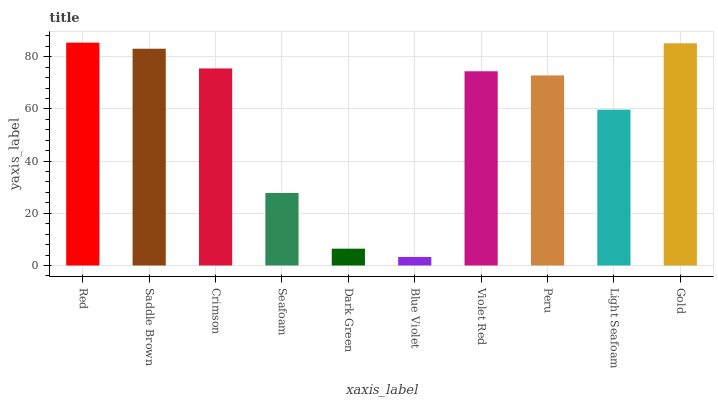
| xaxis_label | bars |
 | --- | --- |
 | Red | 85.4 |
 | Saddle Brown | 83.1 |
 | Crimson | 75.5 |
 | Seafoam | 27.8 |
 | Dark Green | 6.44 |
 | Blue Violet | 3.27 |
 | Violet Red | 74.4 |
 | Peru | 72.8 |
 | Light Seafoam | 59.7 |
 | Gold | 85.1 |